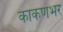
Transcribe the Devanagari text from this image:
काकणभर